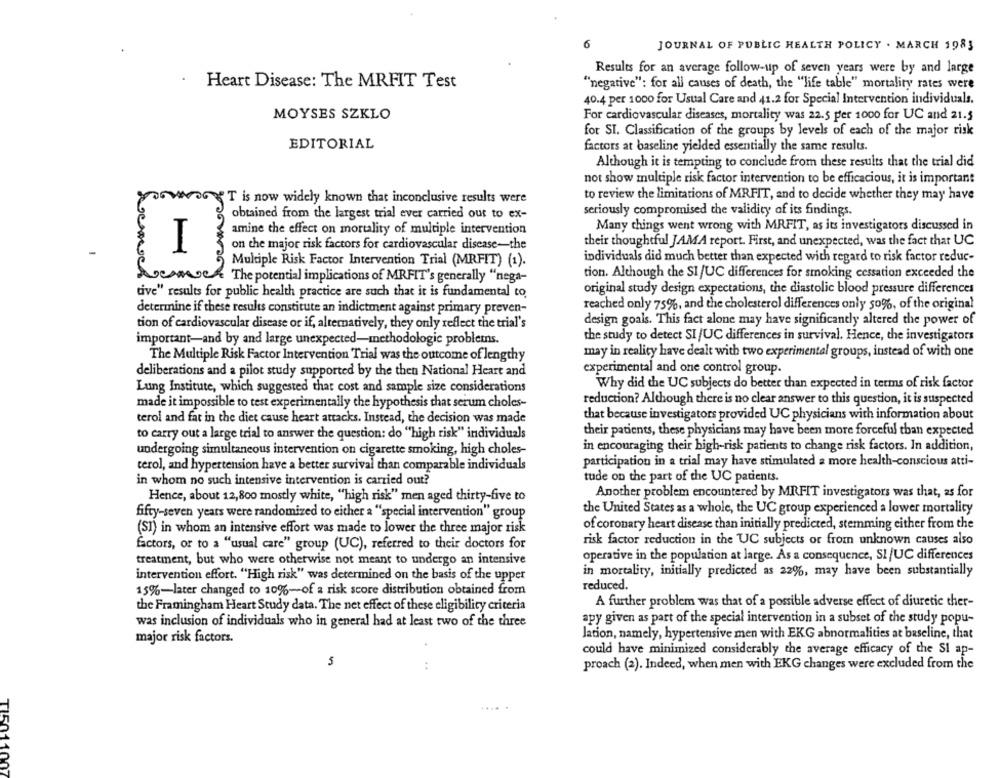
6
JOURNAL OF PUBLIC HEALTH POLICY . MARCH 1983
Results for an average follow-up of seven years were by and large
Heart Disease: The MRFIT Test
"negative": for all causes of death, the "life table" mortality rates were
40.4 per 1000 for Usual Care and 41.2 for Special Intervention individuals,
MOYSES SZKLO
For cardiovascular diseases, mortality was 22.5 per 1000 for UC and 21.5
for SI. Classification of the groups by levels of each of the major risk
EDITORIAL
factors at baseline yielded essentially the same results.
Although it is tempting to conclude from these results that the trial did
not show multiple risk factor intervention to be efficacious, it is important
"T is now widely known that inconclusive results were
to review the limitations of MRFIT, and to decide whether they may have
seriously compromised the validity of its findings.
obtained from the largest trial ever carried out to ex-
amine the effect on mortality of multiple intervention
Many things went wrong with MRFIT, as its investigators discussed in
their thoughtful JAMA report. First, and unexpected, was the fact that UC
on the major risk factors for cardiovascular disease-the
Multiple Risk Factor Intervention Trial (MRFIT) (1).
individuals did much better than expected with regard to risk factor reduc-
much
Sucooch The potential implications of MRFIT's generally "nega-
tion. Although the SI/UC differences for smoking cessation exceeded the
original study design expectations, the diastolic blood pressure differences
tive" results for public health practice are such that it is fundamental to
determine if these results constitute an indictment against primary preven-
reached only 75%, and the cholesterol differences only 50%, of the original
tion of cardiovascular disease or if, alternatively, they only reflect the trial's
design goals. This fact alone may have significantly altered the power of
important-and by and large unexpected-methodologie problems.
the study to detect SI /UC differences in survival. Hence, the investigators
The Multiple Risk Factor Intervention Trial was the outcome of lengthy
may in reality have dealt with two experimental groups, instead of with one
deliberations and a pilot study supported by the then National Heart and
experimental and one control group.
Lung Institute, which suggested that cost and sample size considerations
Why did the UC subjects do better than expected in terms of risk factor
made it impossible to test experimentally the hypothesis that serum choles-
reduction? Although there is no clear answer to this question, it is suspected
terol and fat in the diet cause heart attacks. Instead, the decision was made
that because investigators provided UC physicians with information about
to carry out a large trial to answer the question: do "high risk" individuals
their patients, these physicians may have been more forceful than expected
undergoing simultaneous intervention on cigarette smoking, high choles-
in encouraging their high-risk patients to change risk factors. In addition,
terol, and hypertension have a better survival than comparable individuals
participation in a trial may have stimulated a more health-conscious atti-
in whom no such intensive intervention is carried out?
tude on the part of the UC patients.
Hence, about 12,800 mostly white, "high risk" men aged thirty-five to
Another problem encountered by MRFIT investigators was that, as for
fifty-seven years were randomized to either a "special intervention" group
the United States as a whole, the UC group experienced a lower mortality
(SI) in whom an intensive effort was made to lower the three major risk
of coronary heart disease than initially predicted, stemming either from the
factors, or to a "usual care" group (UC), referred to their doctors for
risk factor reduction in the UC subjects or from unknown causes also
treatment, but who were otherwise not meant to undergo an intensive
operative in the population at large. As a consequence, SI /UC differences
intervention effort. "High risk" was determined on the basis of the upper
in mortality, initially predicted as 22%, may have been substantially
15%-later changed to 10%-of a risk score distribution obtained from
reduced.
the Framingham Heart Study data. The net effect of these eligibility criteria
A further problem was that of a possible adverse effect of diuretic ther-
was inclusion of individuals who in general had at least two of the three
apy given as part of the special intervention in a subset of the study popu-
lation, namely, hypertensive men with EKG abnormalities at baseline, that
major risk factors.
could have minimized considerably the average efficacy of the SI ap-
5
...
proach (2). Indeed, when men with EKG changes were excluded from the
TI5011